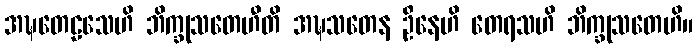
အဍ္ဎတေဠသေဟိ ဘိက္ခုသတေဟီတိ အဍ္ဎသတေန ဦနေဟိ တေရသဟိ ဘိက္ခုသတေဟိ။